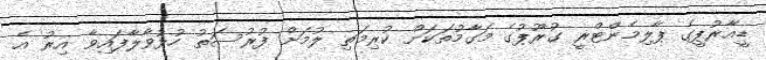
ޑީއާރުޕީގެ ޕާލިމެންޓްރީ ގުރޫޕުގެ މަގާމުތަކަށް ކުރިމަތި ލުމަށް ފުރުސަތު ހުޅުވާލާފައިވާ އިރު އެ